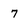
Character: 7